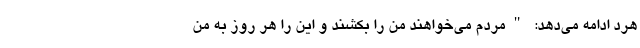
هرد ادامه می‌دهد: "مردم می‌خواهند من را بکشند و این را هر روز به من